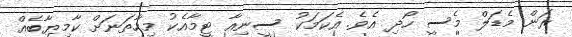
ރަން މެޑަލް މެސީ ހޯދި އެވެ. އެކަމަކު ސީނިއާ ޓީމާއެކު މިހާތަނަށް ކާމިޔާބެއް